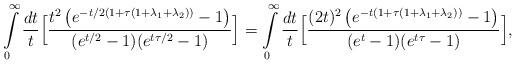
LaTeX: \begin{align*}\int\limits_0^\infty \frac{dt}{t}\Bigl[\frac{t^2\,\bigl(e^{-t/2(1+\tau(1+\lambda_1+\lambda_2))}-1\bigr)}{(e^{t/2}-1)(e^{t\tau/2}-1)}\Bigr]= \int\limits_0^\infty \frac{dt}{t}\Bigl[\frac{(2t)^2\,\bigl(e^{-t(1+\tau(1+\lambda_1+\lambda_2))}-1\bigr)}{{(e^t-1)(e^{t\tau}-1)}}\Bigr],\end{align*}